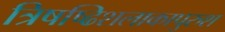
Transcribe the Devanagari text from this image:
त्रिषष्ढिशलाकापुरुश